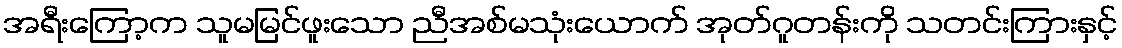
အရီးကြော့က သူမမြင်ဖူးသော ညီအစ်မသုံးယောက် အုတ်ဂူတန်းကို သတင်းကြားနှင့်